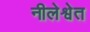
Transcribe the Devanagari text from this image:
नीलेश्वेत